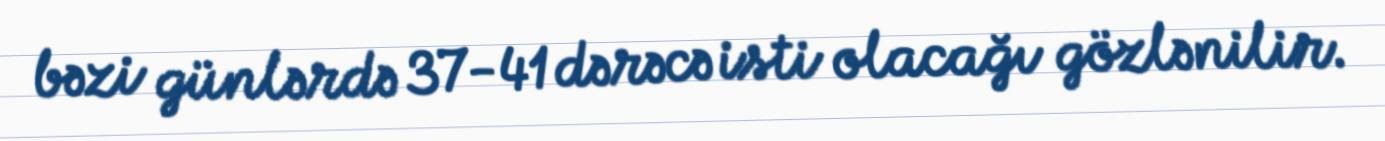
bəzi günlərdə 37-41 dərəcə isti olacağı gözlənilir.